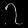
Digit: ၇